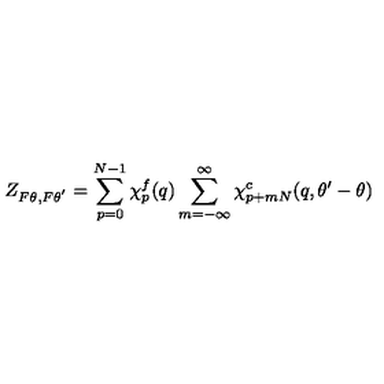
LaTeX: Z _ { F \theta , F \theta ^ { ' } } = \sum _ { p = 0 } ^ { N - 1 } \chi _ { p } ^ { f } ( q ) \sum _ { m = - \infty } ^ { \infty } \chi _ { p + m N } ^ { c } ( q , \theta ^ { \prime } - \theta )